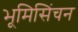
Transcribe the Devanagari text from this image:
भूमिसिंचन